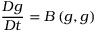
\frac { D g } { D t } = B \left( g , g \right)